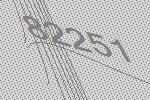
82251